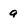
Character: a